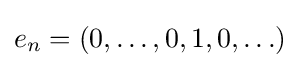
e_{n}=(0,\ldots ,0,1,0,\ldots )